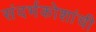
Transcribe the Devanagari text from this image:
संदर्भकोशांची